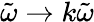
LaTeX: \tilde{\omega}\rightarrow k\tilde{\omega}